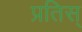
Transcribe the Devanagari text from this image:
प्रतिस्